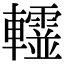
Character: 𨏨